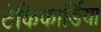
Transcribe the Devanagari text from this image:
टेकिकार्डिया